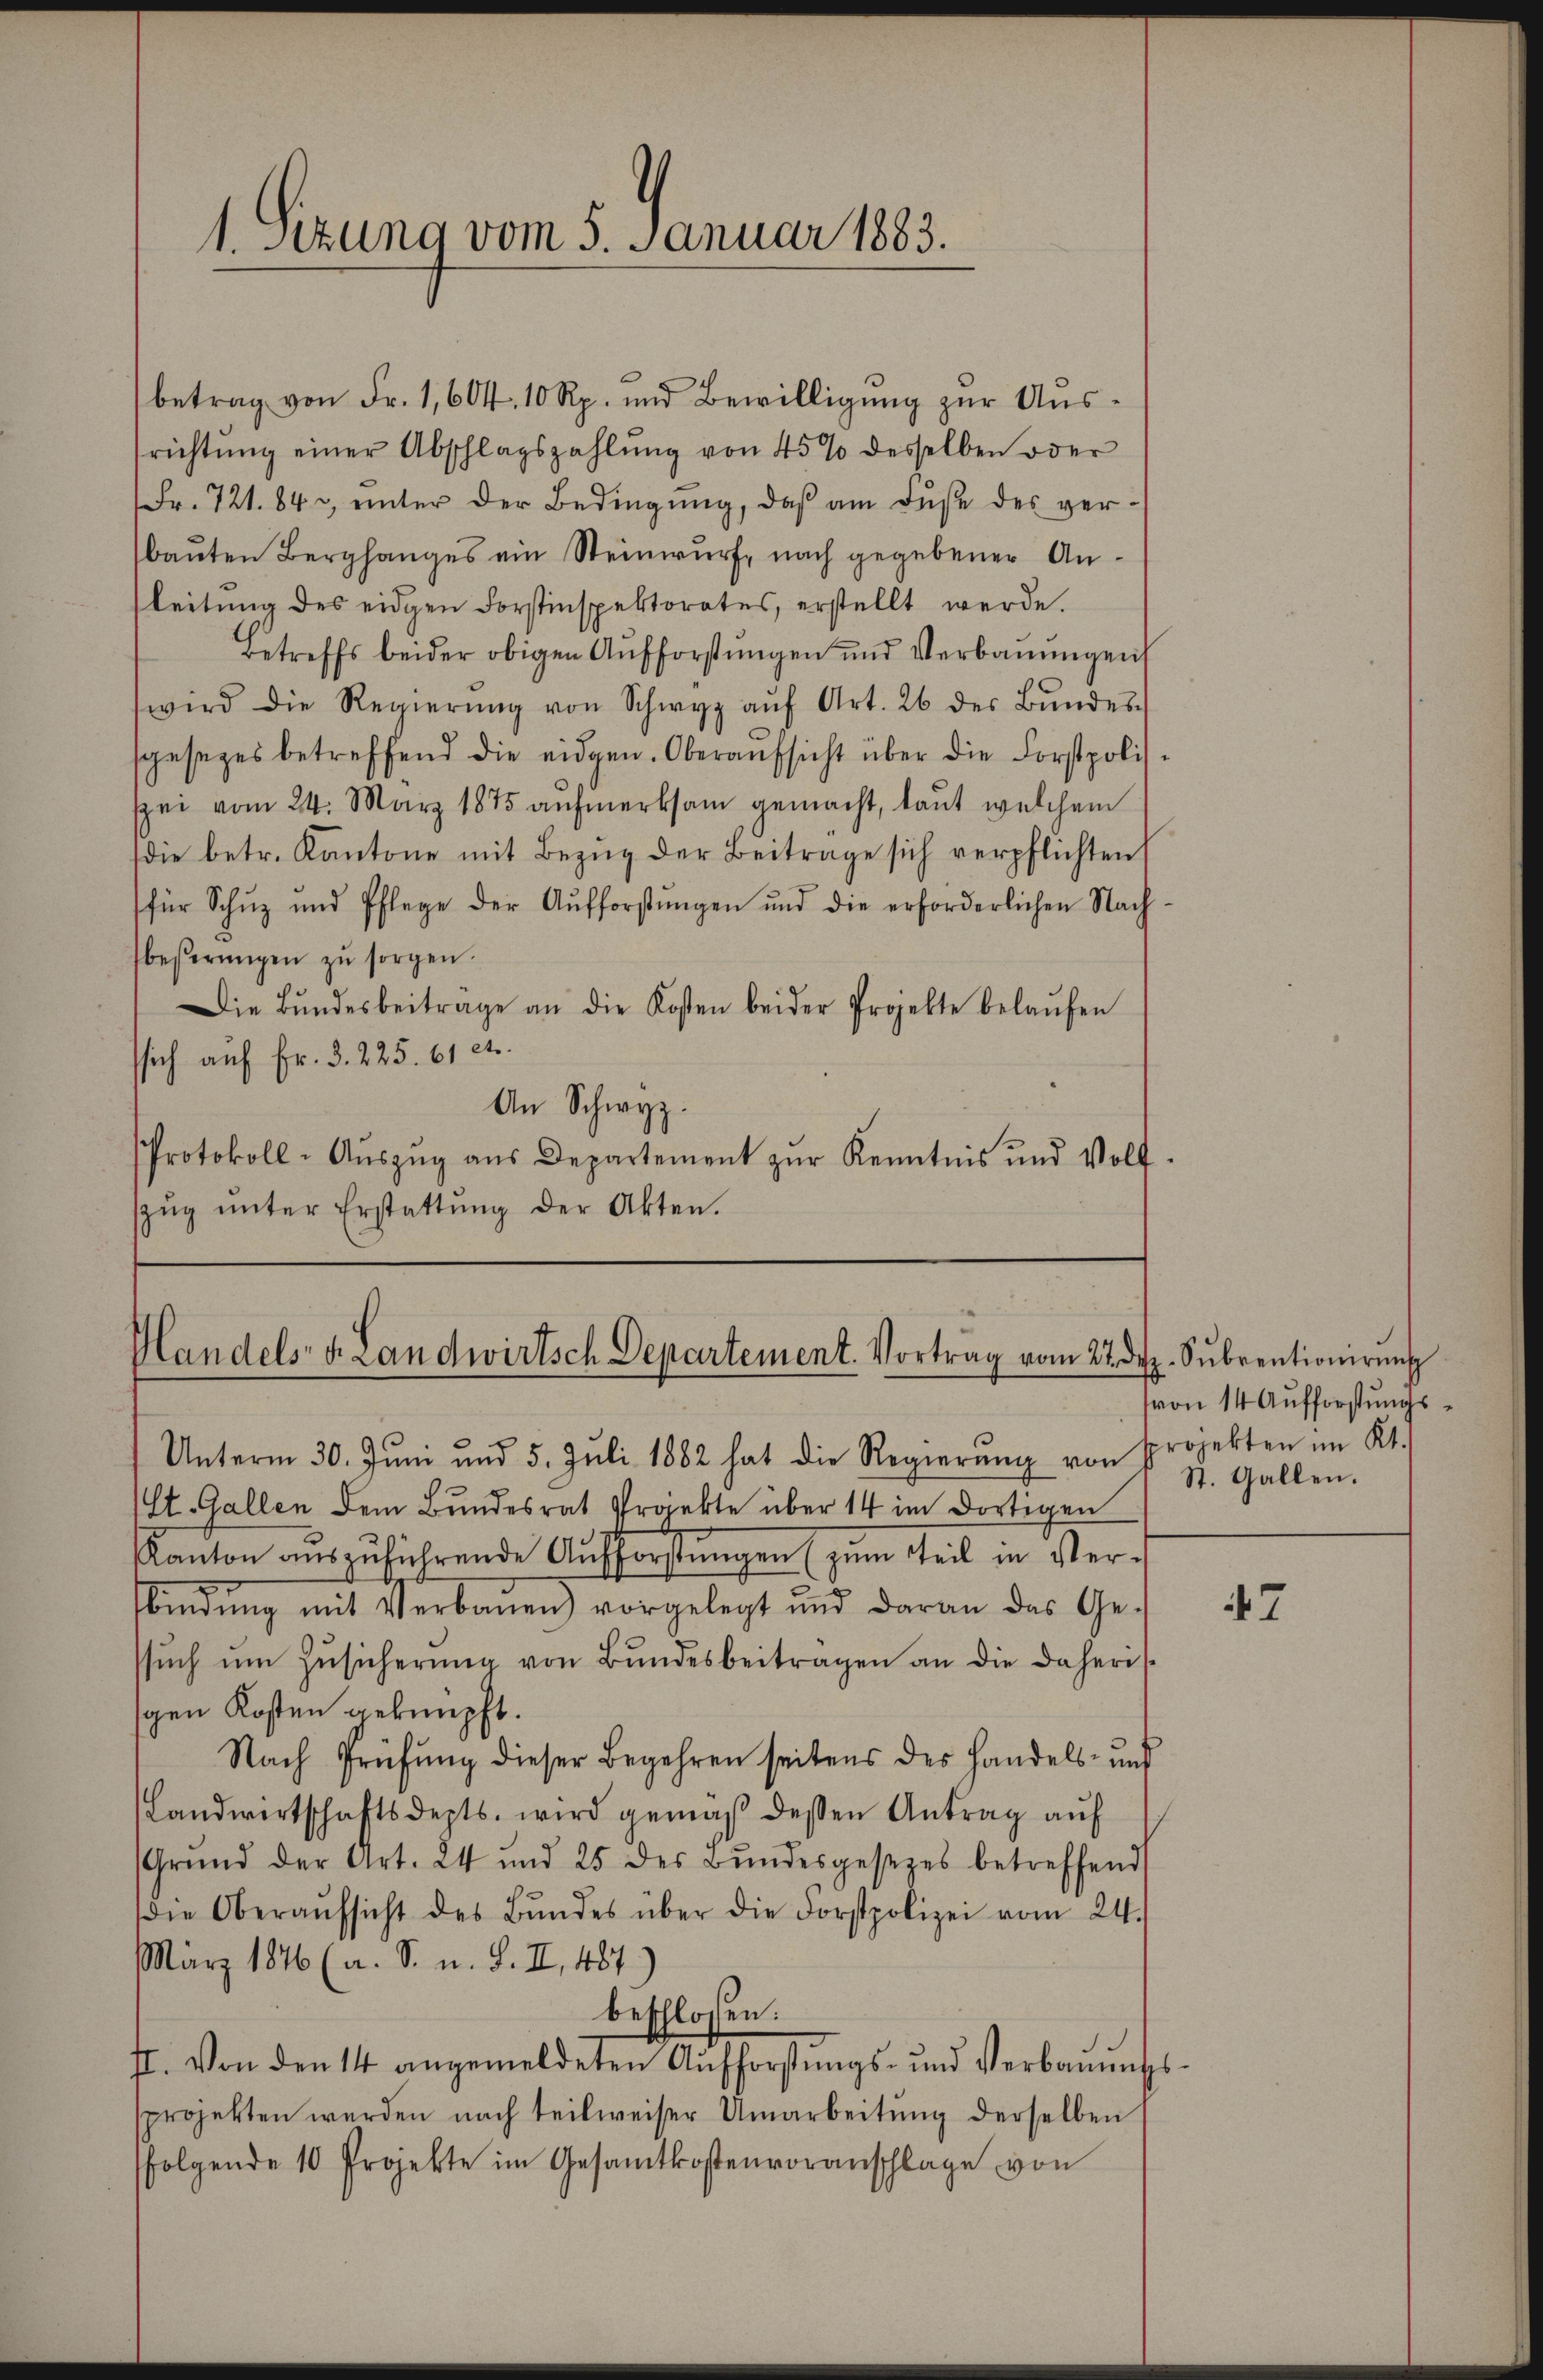
1. Sizung vom 5. Januar 1883.

betrag von Fr. 1,604, 10 Rp. und Bewilligung zur Aussrichtŭng einer Abschlagszahlŭng von 45% desselben oder
Fr. 721. 84, unter der Bedingung, daß am dise des verbauten Berghanges ein Steinwurf, nach gegebener Anleitung des eidgen Forstinspektorates, erstellt werde.
Betreffs beider obigen Aŭfforstŭngen und Verbaumigent
wird die Regierŭng von Schwyz aŭf Art. 26 des Bŭndes-
sgesezes betreffend die eidgen. Oberaŭfsicht über die Forstpoli
spei vom 24. März 1875 aŭfmerksam gemacht, laut welchem
(die betr. Kantone mit Bezŭg der Beitrage sich verpflichten
für Schŭz und Pflege der Aŭfforstŭngen und die erforderlichen Nach
beßerungen zŭ sorgen.
Die Bŭndesbeitrage an die Kosten beider Projekte belaŭfen
ssich auf Fr. 3. 225. 61 et.
An Schwyz.
Protokoll-Aŭszŭg aŭs Departement zŭr Kenntnis und Wolf
szŭg ŭnter Erstattŭng der Akten.

Handels- u. Landwirtsch Departement. Vortrag vom 22. dez. Sŭbrentionirŭng

Unterm 30. Jŭni und 5. Jŭli 1882 hat die Regierŭng von Projekten im Kt.
(St. Gallen dem Bundesrat Pränkte über 14 im dortigen
Kanton aŭszŭführende Aufforstungen (zum Teil in Ver-
fbindŭng mit Verbauen) vorgelegt und daran das Ge-
ssŭch ŭm Zŭsicherŭng von Bŭndesbeiträgen an die daheris
gen Kosten geknüpft.
Nach Prüfung dieser Begehren seitens des Handels- und
Landwirtschaftsdepts. wird gemäβ dessen Antrag aŭf
Grŭnd der Art. 24 und 25 des Bŭndesgesezes betreffend
die Oberaŭfsicht des Bŭndes über die Forstpolizei vom 24.
März 1846 (a. S. u. S. II, 487.)
beschlossen:
II. Von den 14 angemeldeten Aŭfforstŭngs- und Verbaŭŭngs-
sprojekten werden nach teilweiser Umarbeitŭng derselben
folgende 10 Projekte im Gesamtkostenvoranschlage von

(von 14 Aufforstungs
St. Gallen.

47